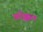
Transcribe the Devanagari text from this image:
करैक्कल